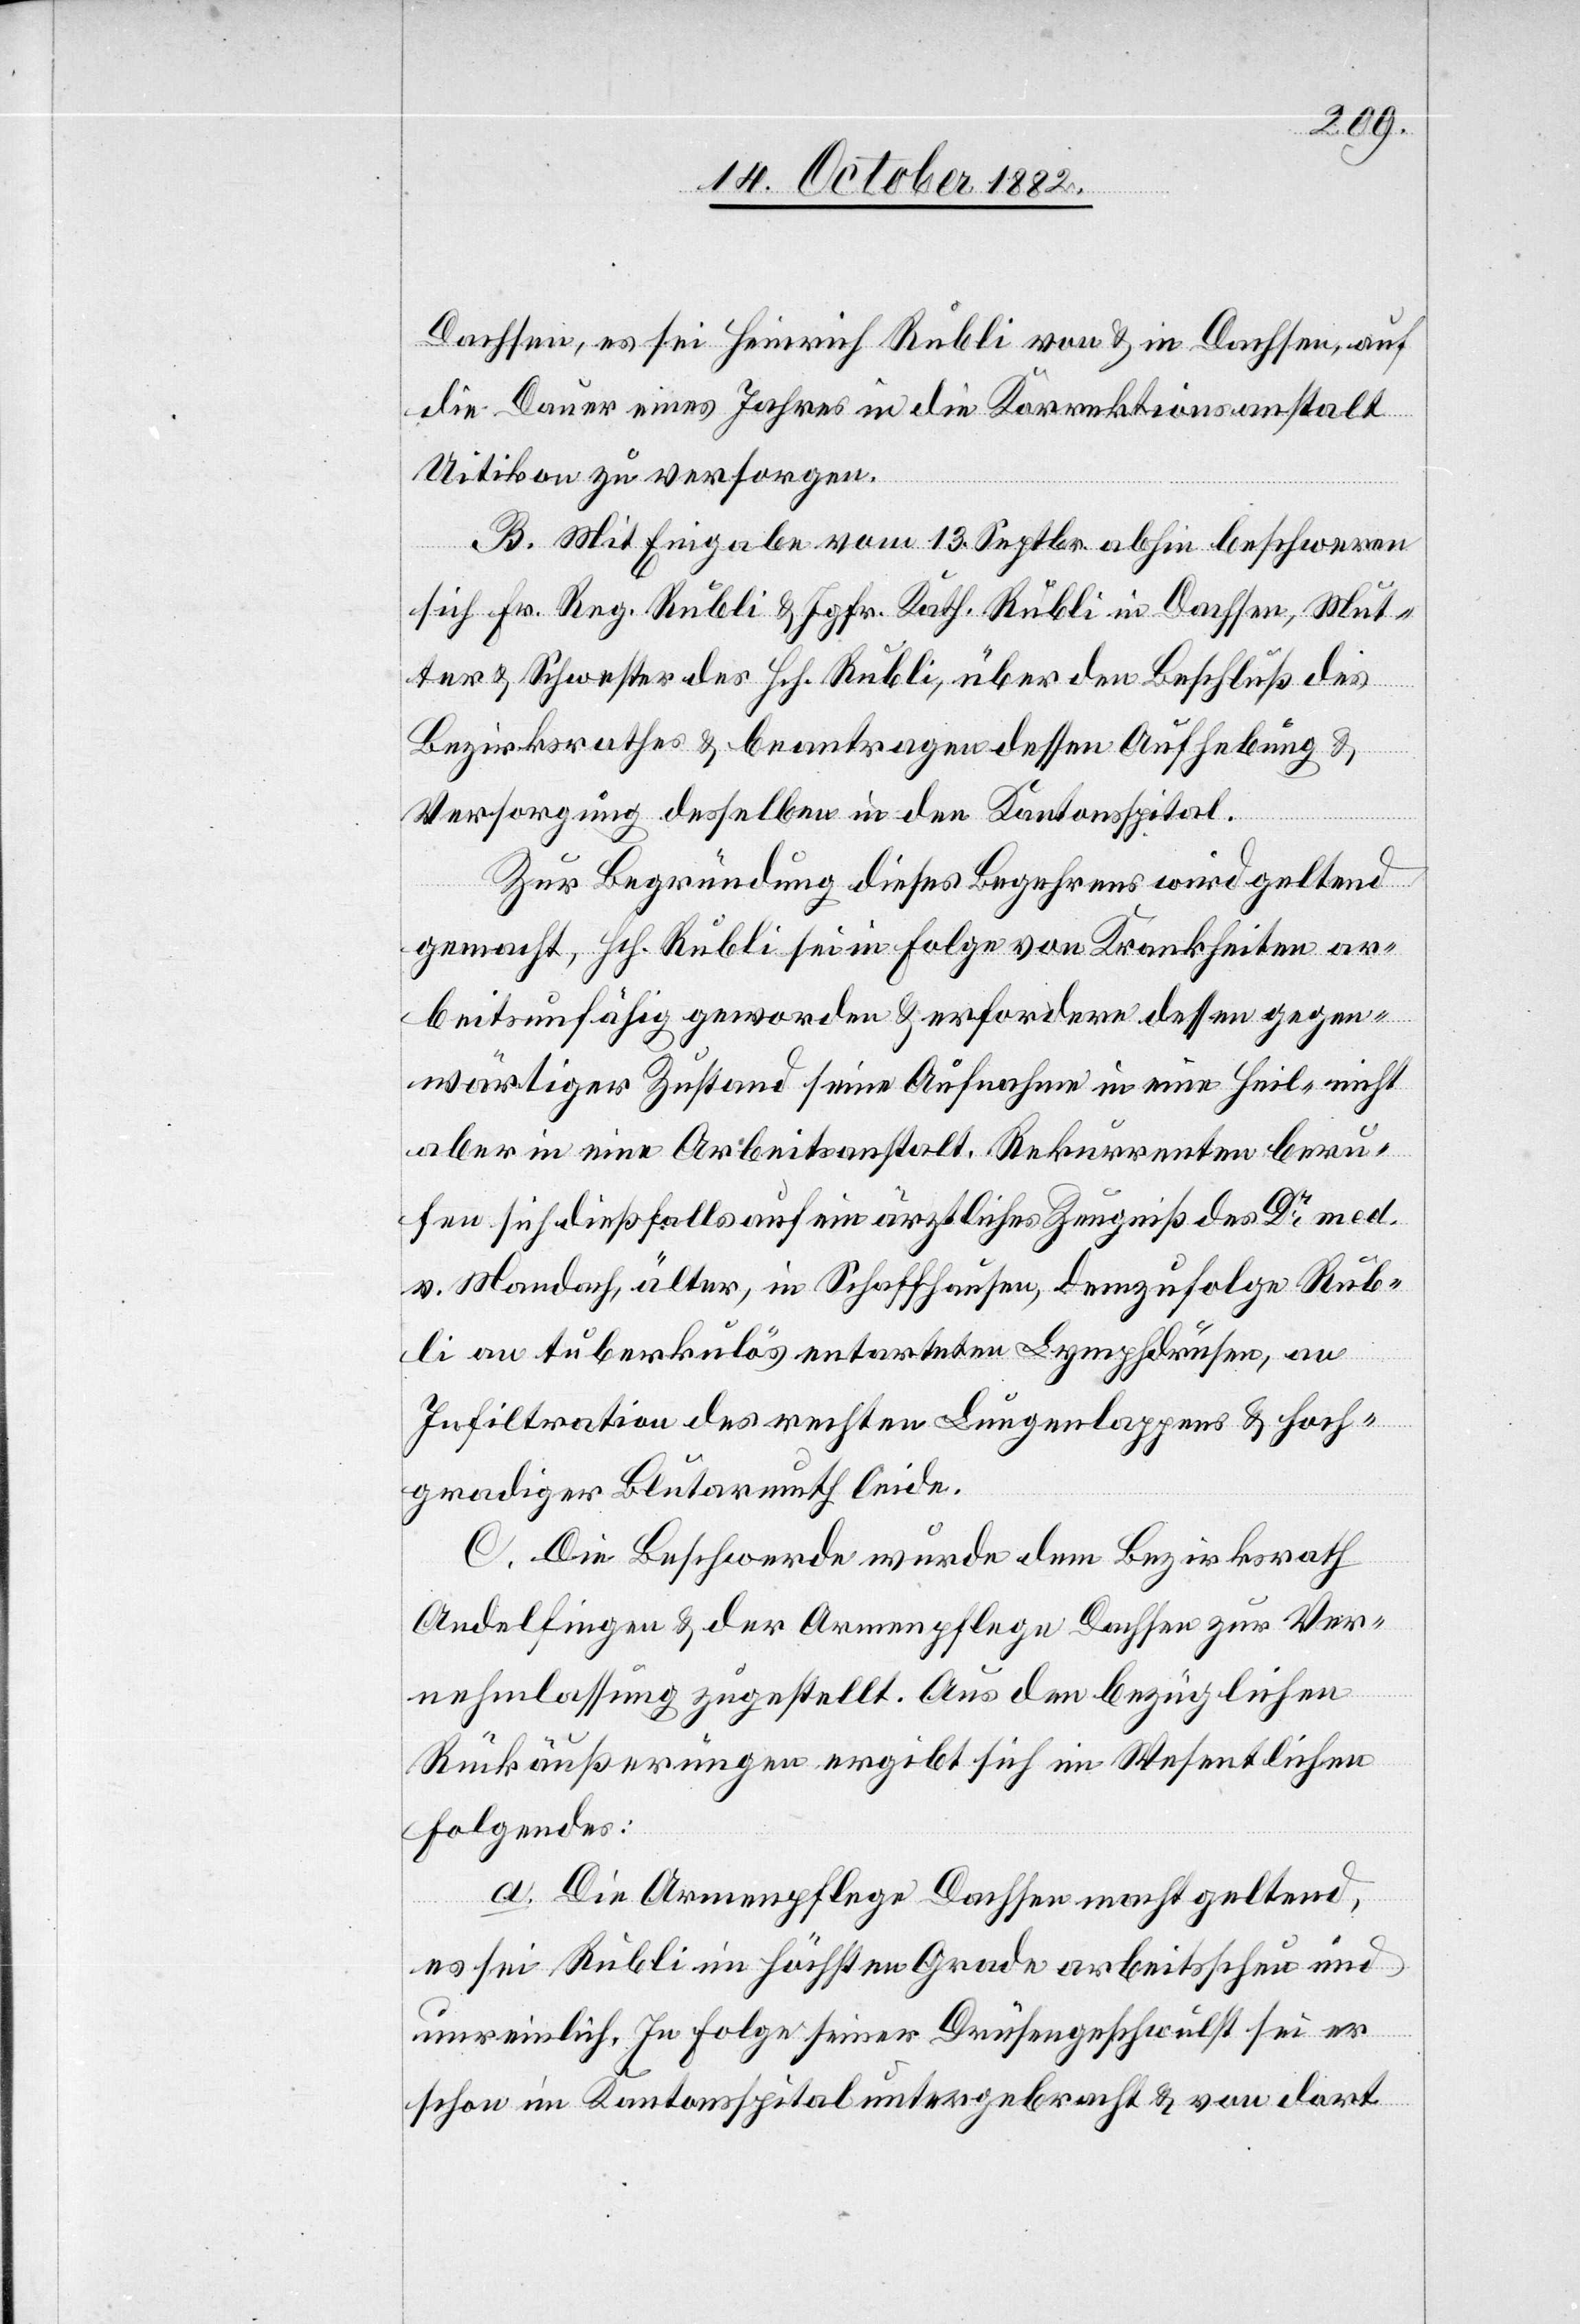
Dachsen, es sei Heinrich Rubli von & in Dachsen, auf
die Dauer eines Jahres in die Korrektionsanstalt
Uitikon zu versorgen.
B. Mit Eingabe vom 13. Septbr. anhin beschweren
sich Fr. Reg. Rubli & Jgfr. Kath. Rubli in Dachsen, Mut¬
ter & Schwester des Hch. Rubli, über den Beschluß des
Bezirksrathes & beantragen dessen Aufhebung &
Versorgung desselben in den Kantonsspital.
Zur Begründung dieses Begehrens wird geltend
gemacht, Hch. Rubli sei in Folge von Krankheiten ar¬
beitsunfähig geworden & erfordere dessen gegen¬
wärtiger Zustand seine Aufnahme in eine Heil- nicht
aber in eine Arbeitsanstalt. Rekurrenten beru¬
fen sich dießfalls auf ein ärztliches Zeugniß des Dr med.
v. Mandach, älter, in Schaffhausen, demzufolge Rub¬
li an tuberkulös entarteten Lymphdrüsen, an
Infiltration des rechten Lungenlappens & hoch¬
gradiger Blutarmuth leide.
C. Die Beschwerde wurde dem Bezirksrath
Andelfingen & der Armenpflege Dachsen zur Ver¬
nehmlassung zugestellt. Aus den bezüglichen
Rückäußerungen ergibt sich im Wesentlichen
Folgendes:
a. Die Armenpflege Dachsen macht geltend,
es sei Rubli im höchsten Grade arbeitsscheu und
unreinlich. In Folge seiner Drüsengeschwulst sei er
schon im Kantonsspital untergebracht & von dort